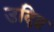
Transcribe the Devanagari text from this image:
उदिष्ट